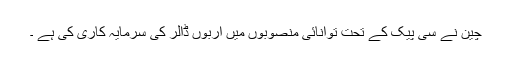
چین نے سی پیک کے تحت توانائی منصوبوں میں اربوں ڈالر کی سرمایہ کاری کی ہے ۔